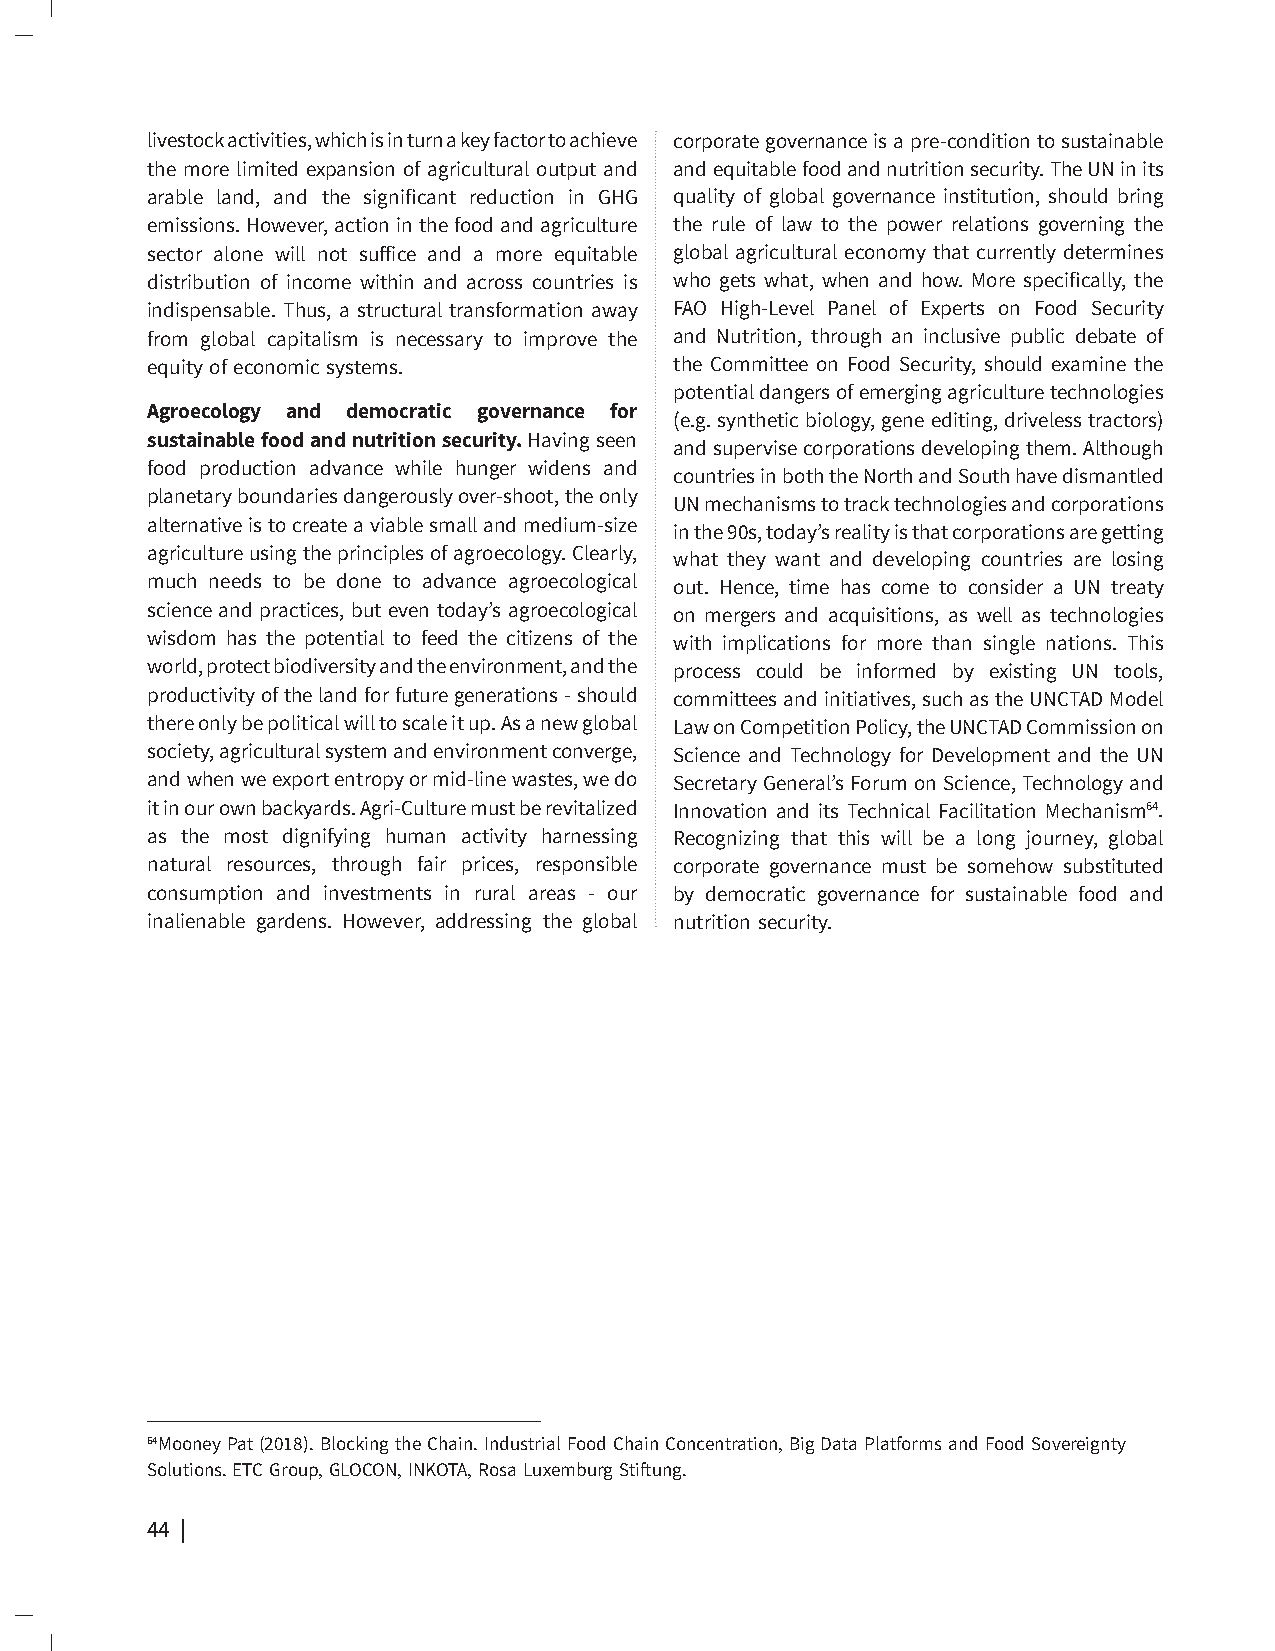
livestock activities, which is in turn a key factor to achieve corporate governance is a pre-condition to sustainable
 the more limited expansion of agricultural output and and equitable food and nutrition security. The UN in its
 arable land, and the significant reduction in GHG quality of global governance institution, should bring
 emissions. However, action in the food and agriculture the rule of law to the power relations governing the
 sector alone will not suffice and a more equitable global agricultural economy that currently determines
 distribution of income within and across countries is who gets what, when and how. More specifically, the
 indispensable. Thus, a structural transformation away FAO High-Level Panel of Experts on Food Security
 from global capitalism is necessary to improve the and Nutrition, through an inclusive public debate of
 equity of economic systems.        the Committee on Food Security, should examine the
 potential dangers of emerging agriculture technologies
 Agroecology and democratic governance for
 (e.g. synthetic biology, gene editing, driveless tractors)
 sustainable food and nutrition security. Having seen
 and supervise corporations developing them. Although
 food production advance while hunger widens and
 countries in both the North and South have dismantled
 planetary boundaries dangerously over-shoot, the only
 UN mechanisms to track technologies and corporations
 alternative is to create a viable small and medium-size
 in the 90s, today’s reality is that corporations are getting
 agriculture using the principles of agroecology. Clearly,
 what they want and developing countries are losing
 much needs to be done to advance agroecological out. Hence, time has come to consider a UN treaty
 science and practices, but even today’s agroecological on mergers and acquisitions, as well as technologies
 wisdom has the potential to feed the citizens of the with implications for more than single nations. This
 world, protect biodiversity and the environment, and the process could be informed by existing UN tools,
 productivity of the land for future generations - should committees and initiatives, such as the UNCTAD Model
 there only be political will to scale it up. As a new global Law on Competition Policy, the UNCTAD Commission on
 society, agricultural system and environment converge, Science and Technology for Development and the UN
 and when we export entropy or mid-line wastes, we do Secretary General’s Forum on Science, Technology and
 it in our own backyards. Agri-Culture must be revitalized Innovation and its Technical Facilitation Mechanism64.
 as the most dignifying human activity harnessing Recognizing that this will be a long journey, global
 natural resources, through fair prices, responsible corporate governance must be somehow substituted
 consumption and investments in rural areas - our by democratic governance for sustainable food and
 inalienable gardens. However, addressing the global nutrition security.
 64Mooney Pat (2018). Blocking the Chain. Industrial Food Chain Concentration, Big Data Platforms and Food Sovereignty
 Solutions. ETC Group, GLOCON, INKOTA, Rosa Luxemburg Stiftung.
 44 | The Future of Our Daily Bread